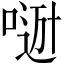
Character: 𠸼